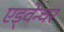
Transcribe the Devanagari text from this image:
एड्वेन्चर